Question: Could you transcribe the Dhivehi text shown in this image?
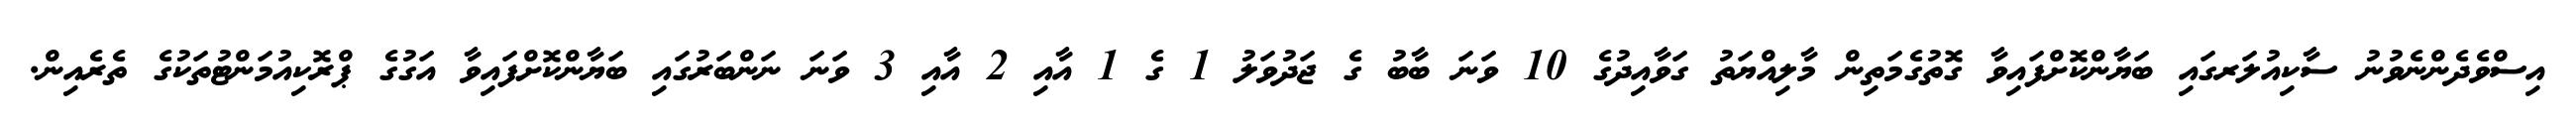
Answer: އިސްވެދެންނެވުނު ސާކިއުލަރގައި ބަޔާންކޮށްފައިވާ ގޮތުގެމަތިން މާލިއްޔަތު ގަވާއިދުގެ 10 ވަނަ ބާބު ގެ ޖަދުވަލު 1 ގެ 1 އާއި 2 އާއި 3 ވަނަ ނަންބަރުގައި ބަޔާންކޮށްފައިވާ އަގުގެ ޕްރޮކިއުމަންޓުތަކުގެ ތެރެއިން.